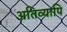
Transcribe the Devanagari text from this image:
अतिव्यापि